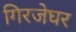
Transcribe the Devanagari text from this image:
गिरजेघर